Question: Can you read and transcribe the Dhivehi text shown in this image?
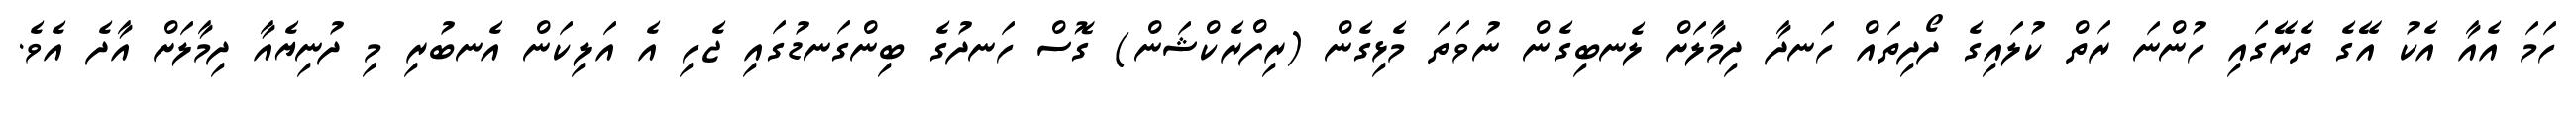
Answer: ހަމަ އެއާ އެކު އޭގެ ތެރޭގައި ހުންނަ ރަތް ކުލައިގެ ދޯދިތައް ހަނދާ ދިމާލަށް ލެނބިގެން ނުވަތަ މެޅިގެން (ރިފްރެކްޝަން) ގޮސް ހަނދުގެ ބިންގަނޑުގައި ޖެހި އެ އަލިކަން އެނބުރި މި ދުނިޔެއާ ދިމާލަށް އާދެ އެވެ.